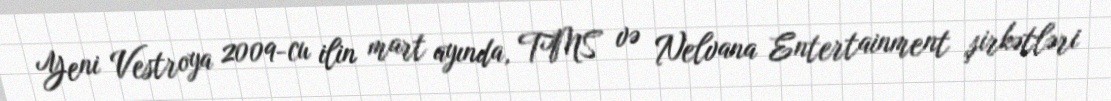
Yeni Vestroya 2009-cu ilin mart ayında, TMS və Nelvana Entertainment şirkətləri